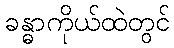
ခန္ဓာကိုယ်ထဲတွင်